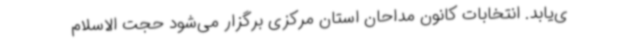
ی‌یابد. انتخابات کانون مداحان استان مرکزی برگزار می‌شود حجت الاسلام